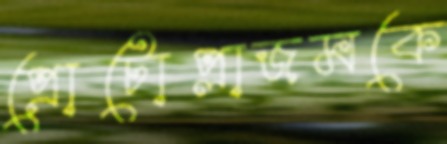
প্রোটোপ্লাজমকে